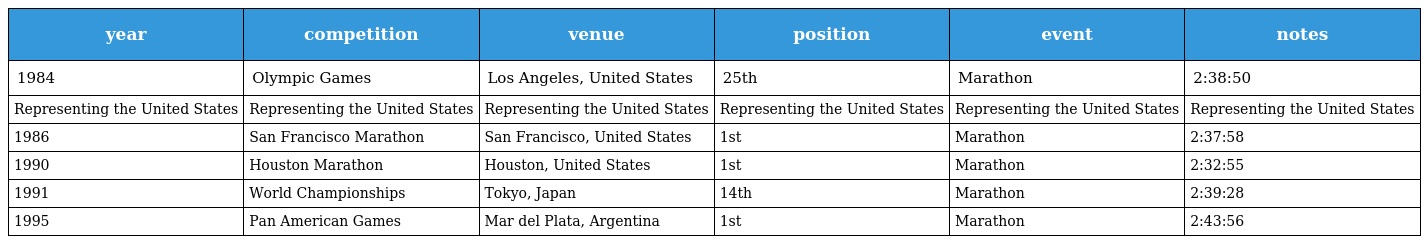
| year | competition | venue | position | event | notes |
 | --- | --- | --- | --- | --- | --- |
 | 1984 | Olympic Games | Los Angeles, United States | 25th | Marathon | 2:38:50 |
 | Representing the United States | Representing the United States | Representing the United States | Representing the United States | Representing the United States | Representing the United States |
 | 1986 | San Francisco Marathon | San Francisco, United States | 1st | Marathon | 2:37:58 |
 | 1990 | Houston Marathon | Houston, United States | 1st | Marathon | 2:32:55 |
 | 1991 | World Championships | Tokyo, Japan | 14th | Marathon | 2:39:28 |
 | 1995 | Pan American Games | Mar del Plata, Argentina | 1st | Marathon | 2:43:56 |